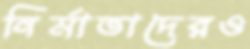
নির্মাতাদেরও